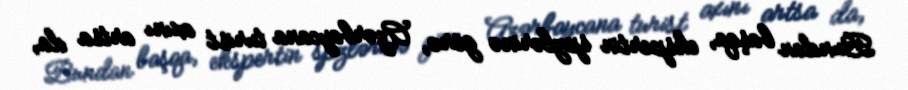
Bundan başqa, ekspertin spzlərinə görə, Azərbaycana turist axını artsa da,